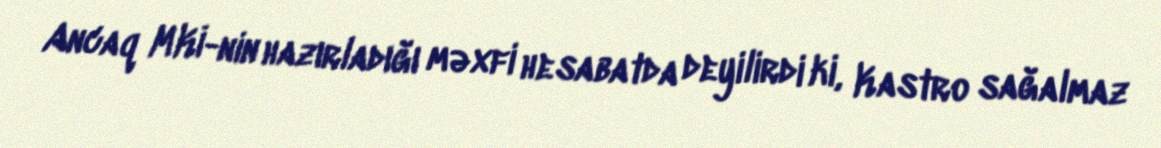
Ancaq MKİ-nin hazırladığı məxfi hesabatda deyilirdi ki, Kastro sağalmaz